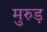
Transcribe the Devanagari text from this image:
मुरुड़